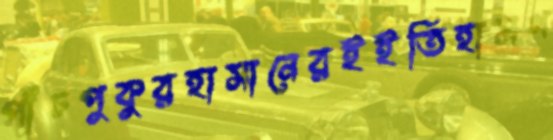
পাঁচপুকুরহাসানেরইইতিহাসগ